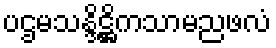
ပဌမသန္ဒိဋ္ဌိကသာမညဖလံ